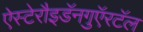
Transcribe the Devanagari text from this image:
ऐस्टेरौइडॅनगुऍरटॅल